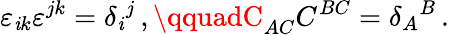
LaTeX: \varepsilon_{\mathit{i}k}\varepsilon^{jk}=\delta_{\mathit{i}}{}^{j}\, ,\qquadC_{AC}C^{BC}=\delta_{A}{}^{B}\, .